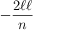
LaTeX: - { \frac { 2 \ell \ell } { n } }